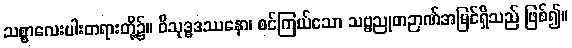
သစ္စာလေးပါးတရားတို့၌။ ဝိသုဒ္ဓဒဿနော၊ စင်ကြယ်သော သဗ္ဗညုတဉာဏ်အမြင်ရှိသည် ဖြစ်၍။